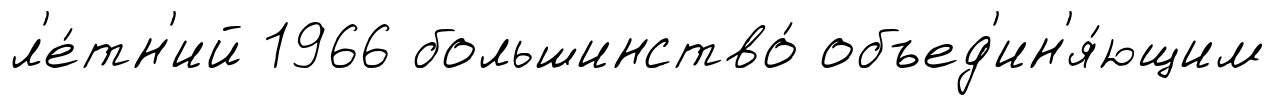
л'е́тн'ий 1966 большинство́ объед'ин'я́ющим